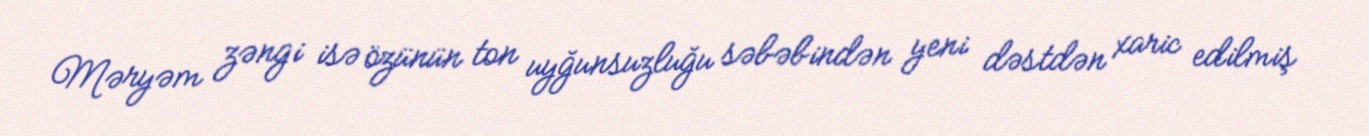
Məryəm zəngi isə özünün ton uyğunsuzluğu səbəbindən yeni dəstdən xaric edilmiş